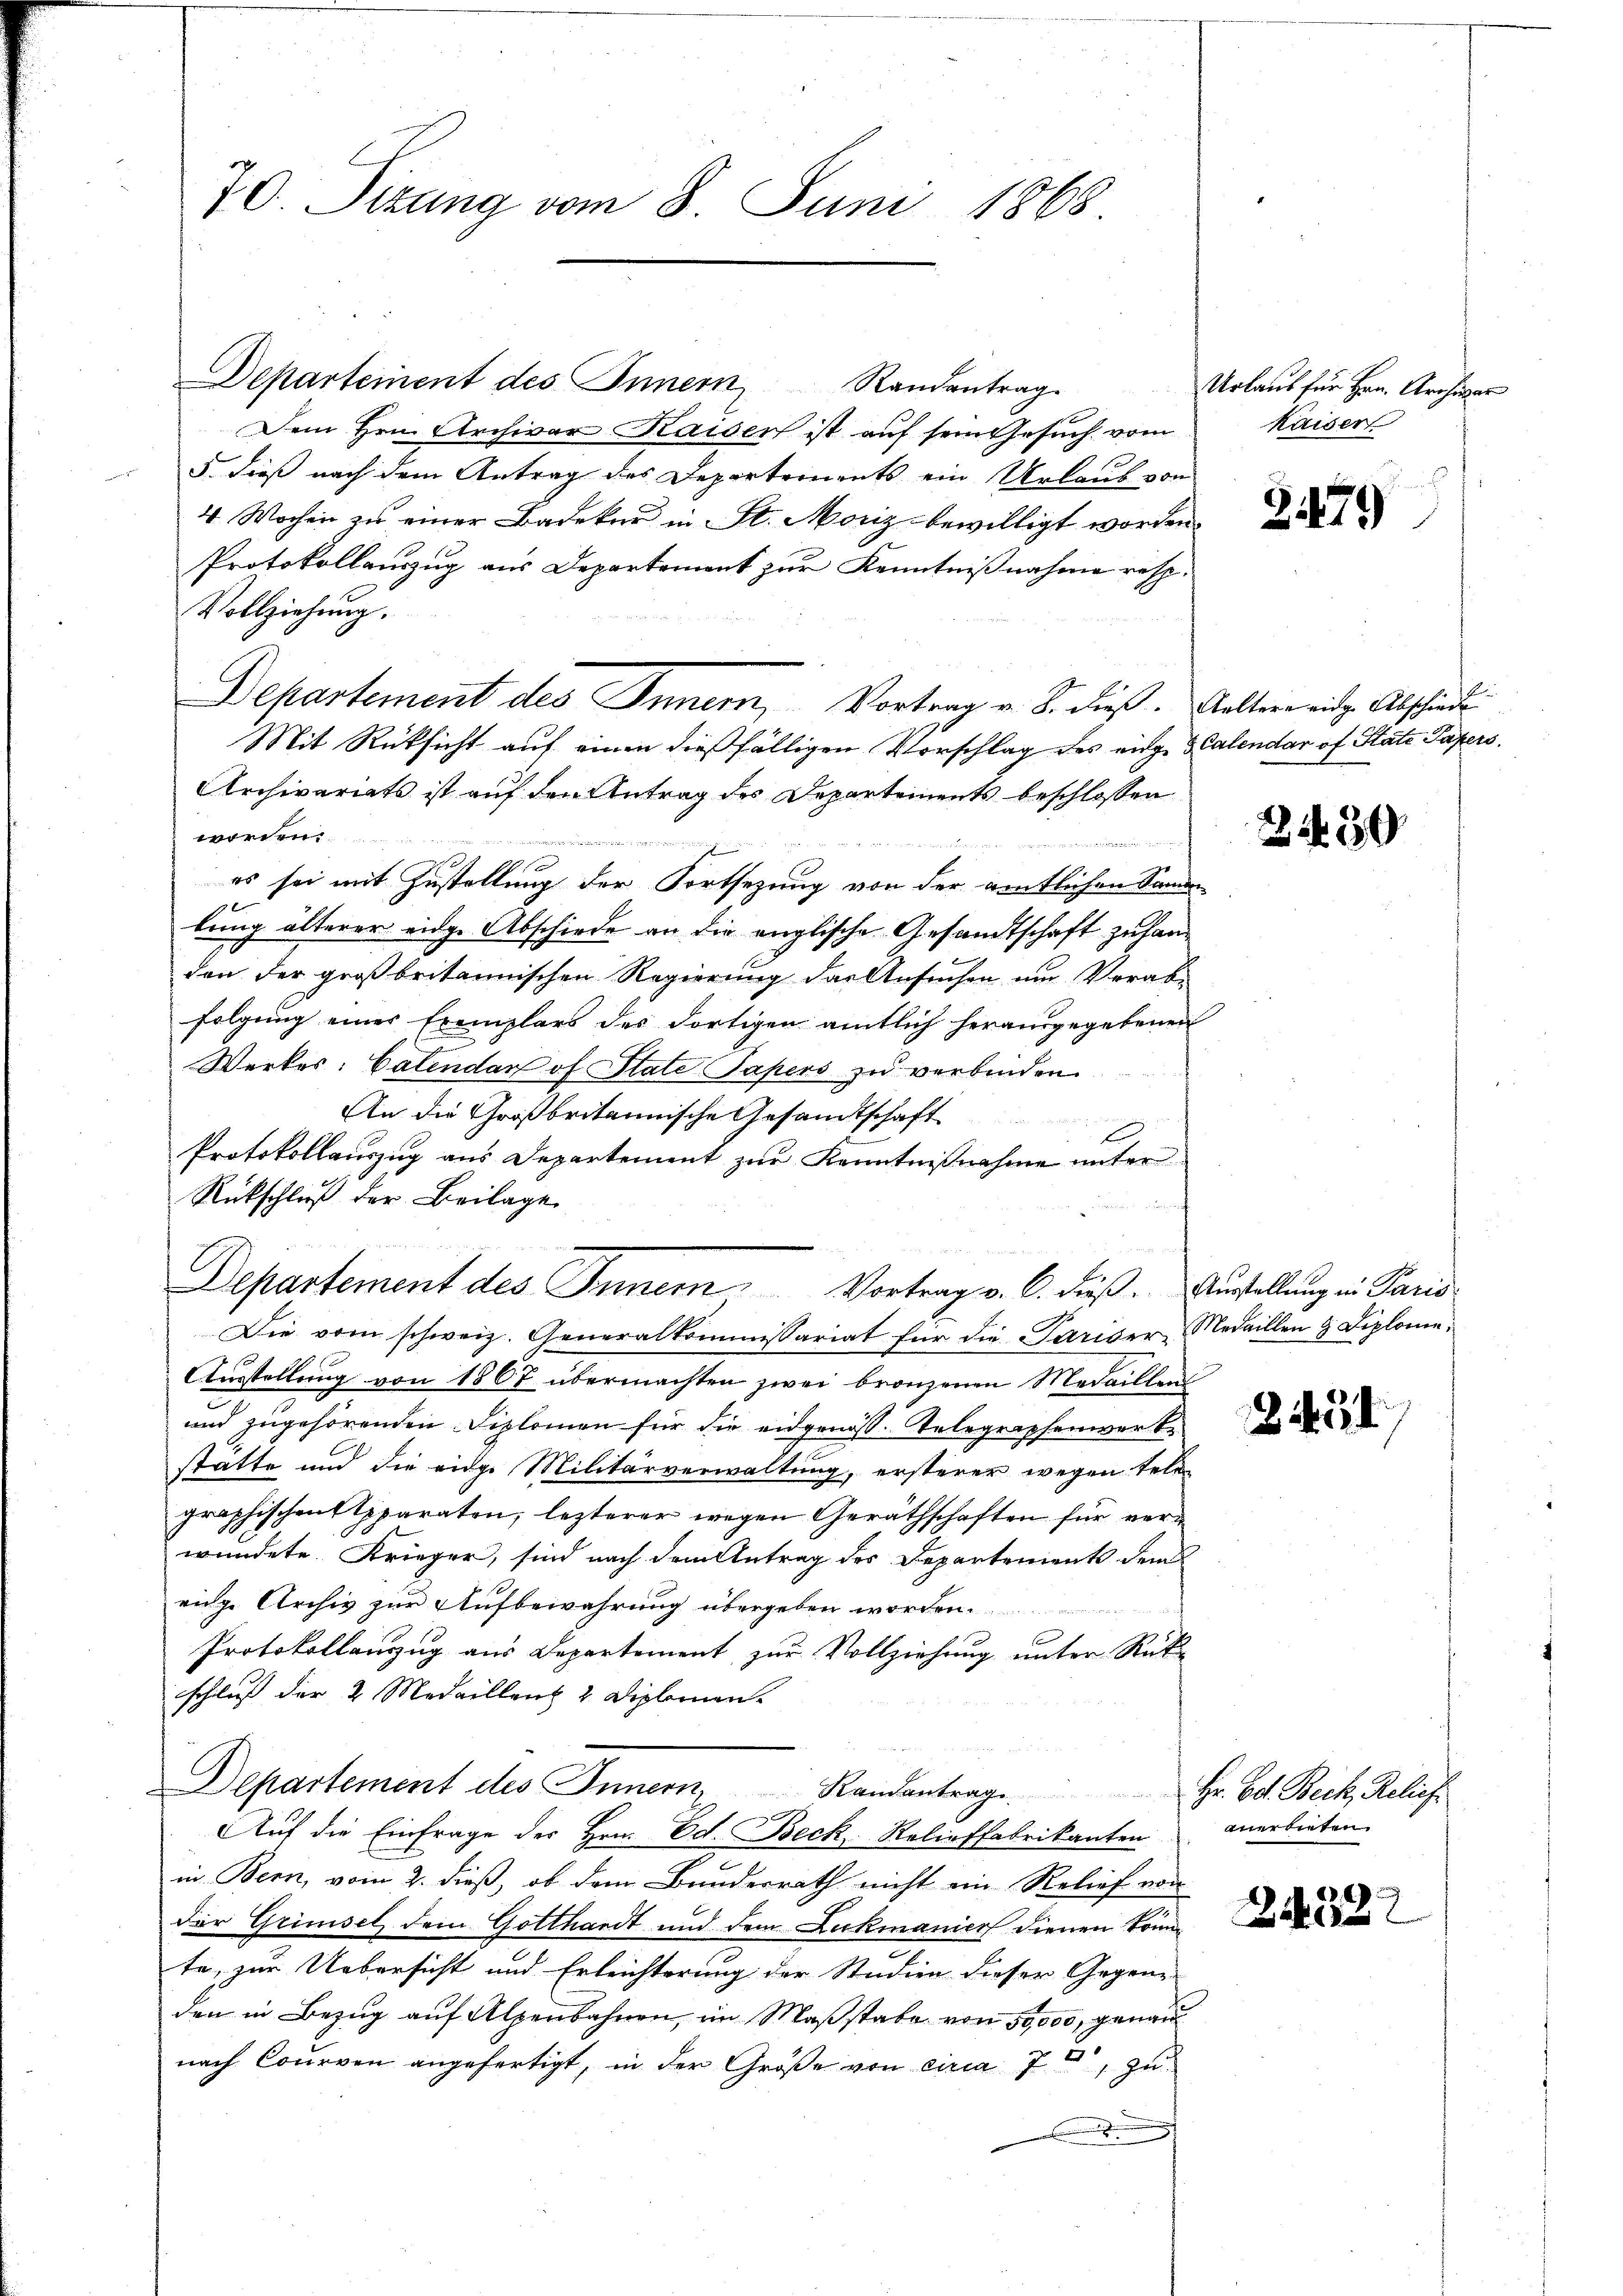
70. Sizung vom 8. Juni 1868

Departement des Innern Randantrag. Urlaŭb für Hrn. Archivar
Dem Hrn. Archivar Kaisen ist auf sein Gesuch vom
5. dieß nach dem Antrag des Departements ein Urlaub von
4 Wochen zu einer Badeker in St. Moriz bewilligt worden.
Protokollauszug aus Departement zur Kenntnißnahme resp.
Vollziehung.
Mit Rücksicht auf einen dießfälligen Vorschlag des eige Kalendar of State Papers
Archivariats ist auf den Antrag des Departements beschlossen
worden.
iniu
es sei mit Zustellung der Fortsezung von der amtlichen Samen
lung älterer eidge Abschiede an die englische Gesandtschaft zu handen der großbritannischen Regierung des Ansuchen um Verabfolgung einer Exemplars des dortigen amtlich herausgegebenen
Werkes: Catendar of State Papers zu verbinden.
An die Großbritannische Gesandtschaft
E
Protokollauszug aus Departement zur Kenntnißnahme unter
Rückschluß der Beilage
Departement des Sinnern Vortrag v. C. dieß. Austellung in Paris
Die vom schweiz. Generalkommissariat für die Pariger Medaillen & Diplome¬
Ausstellung von 1867 übermachten zwei bronzenen Medaillen
und zugehörenden Diplomen für die eidgenoss. Telegraphenwerke
statte und die eidge Militärverwaltung, ersterer wegen Telegraphischen Sparaton, lezterer wegen Geräthschaften für verwundete. Krieger, sind nach dem Antrag des Departements dem
rige Archiv zur Aufbewahrung übergeben worden.
ree der Bestehen di
Protokollauszug aus Departement zur Vollziehung unter Rückschluß der 2 Medaillenz 2 Diplomen.
Departement des Innern, Randantrag. Hr. Ed. Beck, Relief
Auf die Einfrage des Hrn. Ed. Beck Relieffabrikanten anerbieten
in Bern, vom 2. dieß, ob dem Bundesrath nicht ein Relief von
der Grimsel dem Gotthardt und dem Leckmanica dienen könne de
te, zur Uebersicht und Erleichterung der Studien dieser Gegen-
den in Bezug auf Alpenbahnen, im Maßstabe von 50,000, genau
nach Courven angefertigt, in der Größe von circa 7, zu
e

Departement des Inner, Vortrag u. S. dieß Kaltere eidg. Abschiede

f

kaiser

2479)

24430

3451